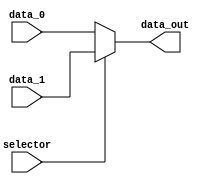
module mux_ExtendOp(
    input wire             selector,
    input wire      [15:0] data_0,
    input wire      [15:0] data_1,
    output wire     [15:0] data_out
);
    assign data_out = (selector) ? data_1 : data_0;

endmodule